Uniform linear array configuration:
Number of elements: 8
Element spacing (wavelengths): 0.25
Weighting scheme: exponential
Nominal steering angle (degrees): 15
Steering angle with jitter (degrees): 14.245
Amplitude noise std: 0.05
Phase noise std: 0.05

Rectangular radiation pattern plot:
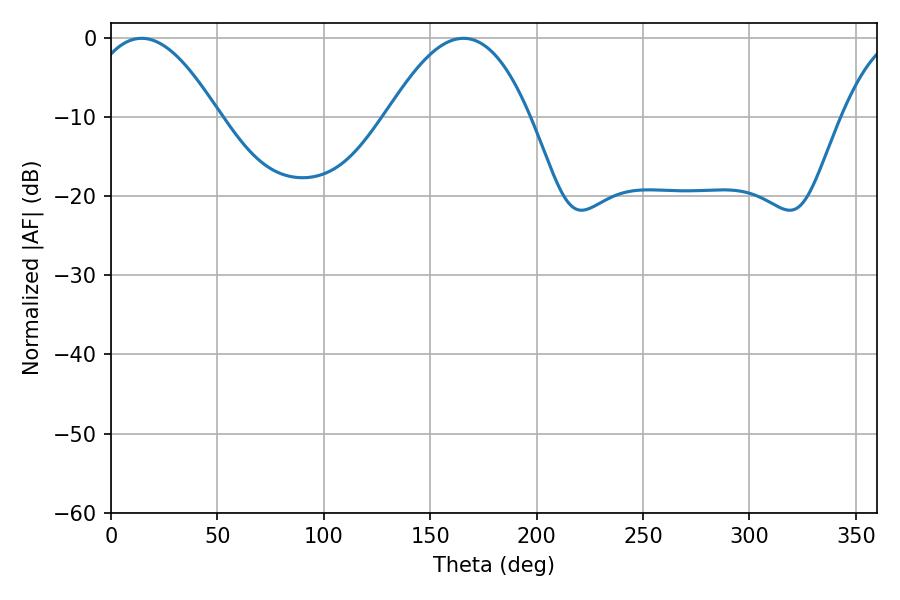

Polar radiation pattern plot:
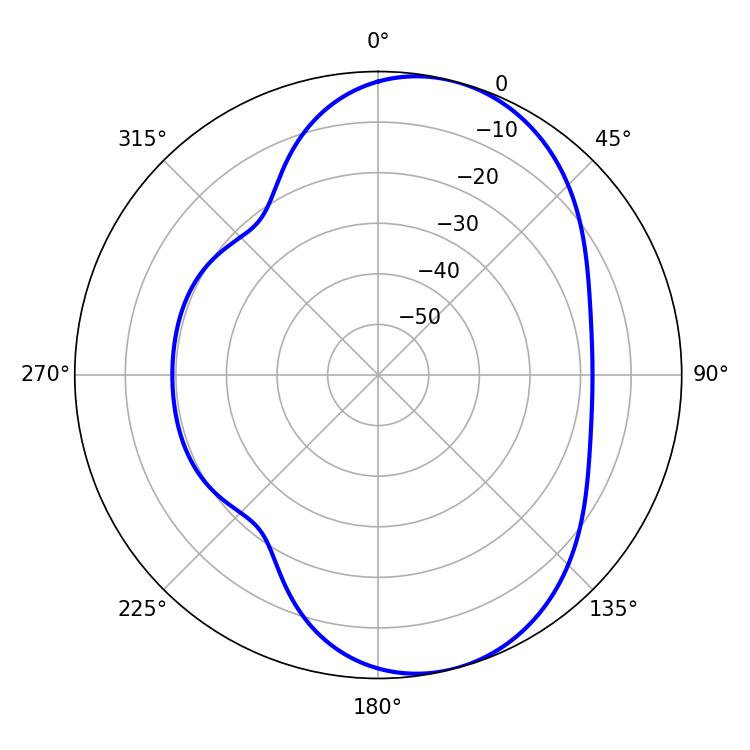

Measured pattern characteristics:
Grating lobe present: FALSE
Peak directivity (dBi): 7.25
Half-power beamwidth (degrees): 33.48
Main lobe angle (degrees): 14.4